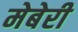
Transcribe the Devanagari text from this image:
मेबेरी